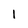
Character: 1